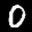
Label: 0